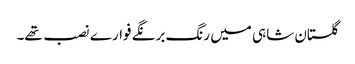
گلستان شاہی میں رنگ برنگے فوارے نصب تھے۔